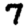
Digit: 7